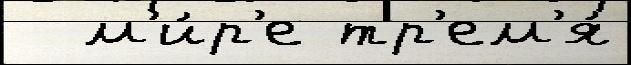
  м'и́р'е тр'ем'я́